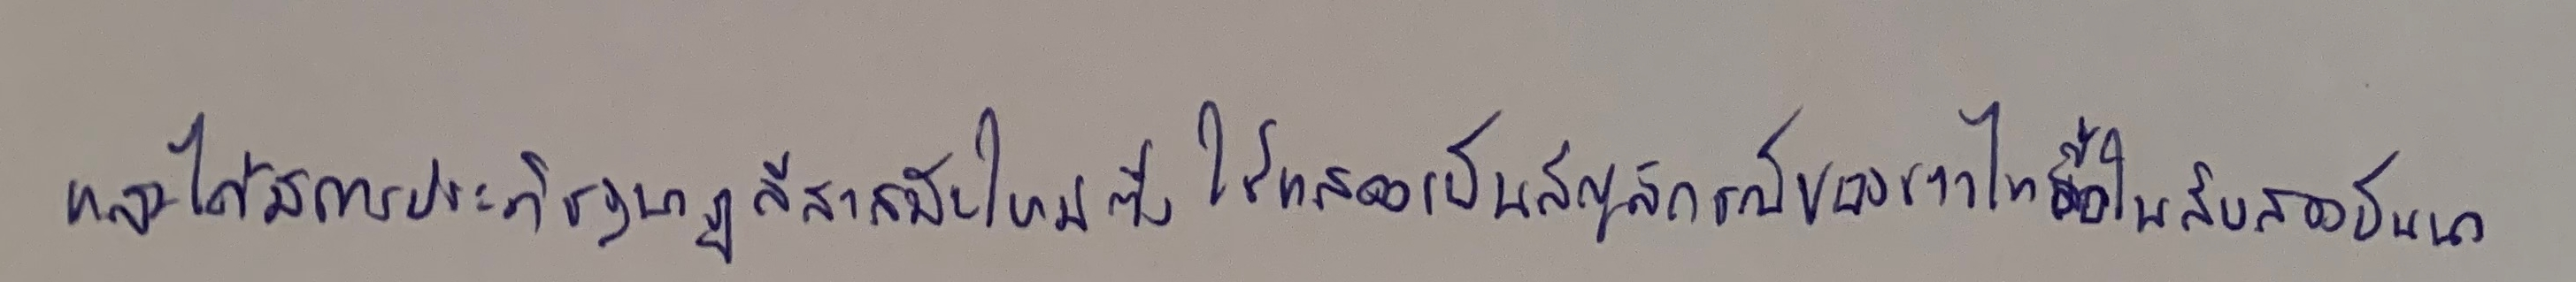
และได้มีการประดิษฐ์นาฏลีลาสมัยใหม่ซึ่งใช้แสดงเป็นสัญลักษณ์ของชาวไทลื้อในสิบสองปันนา